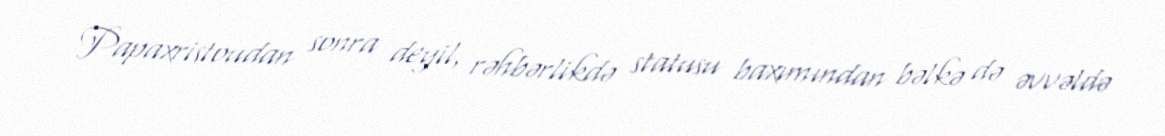
Papaxristoudan sonra deyil, rəhbərlikdə statusu baxımından bəlkə də əvvəldə